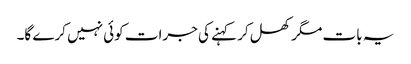
یہ بات مگر کھل کر کہنے کی جرات کوئی نہیں کرے گا۔